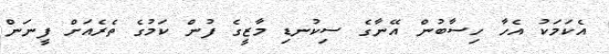
އެކަމަކު އެހާ ހިސާބުން އޭނާގެ ސިކުނޑި މާޒީގެ ފުން ކަމުގެ ތެރެއަށް ފީނަން